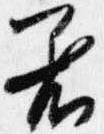
着